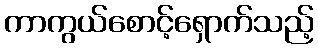
ကာကွယ်စောင့်ရှောက်သည့်